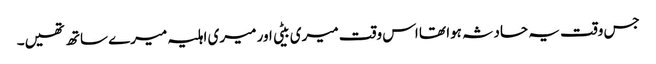
جس وقت یہ حادثہ ہوا تھا اس وقت میری بیٹی اور میری اہلیہ میرے ساتھ تھیں۔